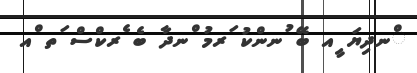
ްނދިޔަ ީއ ބޭ ުނންކު ަރމު ްނދާ ބެ ެރކްސް ަތ ްއ